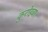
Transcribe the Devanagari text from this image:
कुरोइवा।